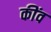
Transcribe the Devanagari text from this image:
कींव